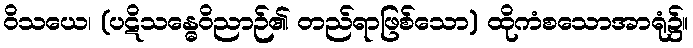
ဝိသယေ၊ (ပဋိသန္ဓေဝိညာဉ်၏ တည်ရာဖြစ်သော) ထိုကံစသောအာရုံ၌။